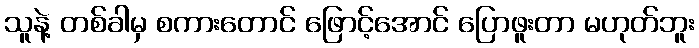
သူနဲ့ တစ်ခါမှ စကားတောင် ဖြောင့်အောင် ပြောဖူးတာ မဟုတ်ဘူး